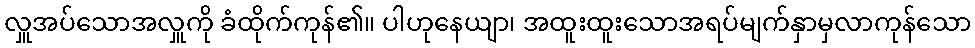
လှူအပ်သောအလှူကို ခံထိုက်ကုန်၏။ ပါဟုနေယျာ၊ အထူးထူးသောအရပ်မျက်နှာမှလာကုန်သော